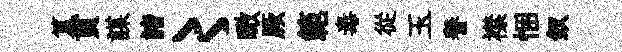
簋貫謀諸〻瞰厥範毒從玉譽襟悃釵